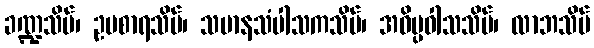
ခဏ္ဍသိမ်၊ ဥပစာရသိမ်၊ သမာနသံပါသကသိမ်၊ အဝိပ္ပဝါသသိမ်၊ လာဘသိမ်